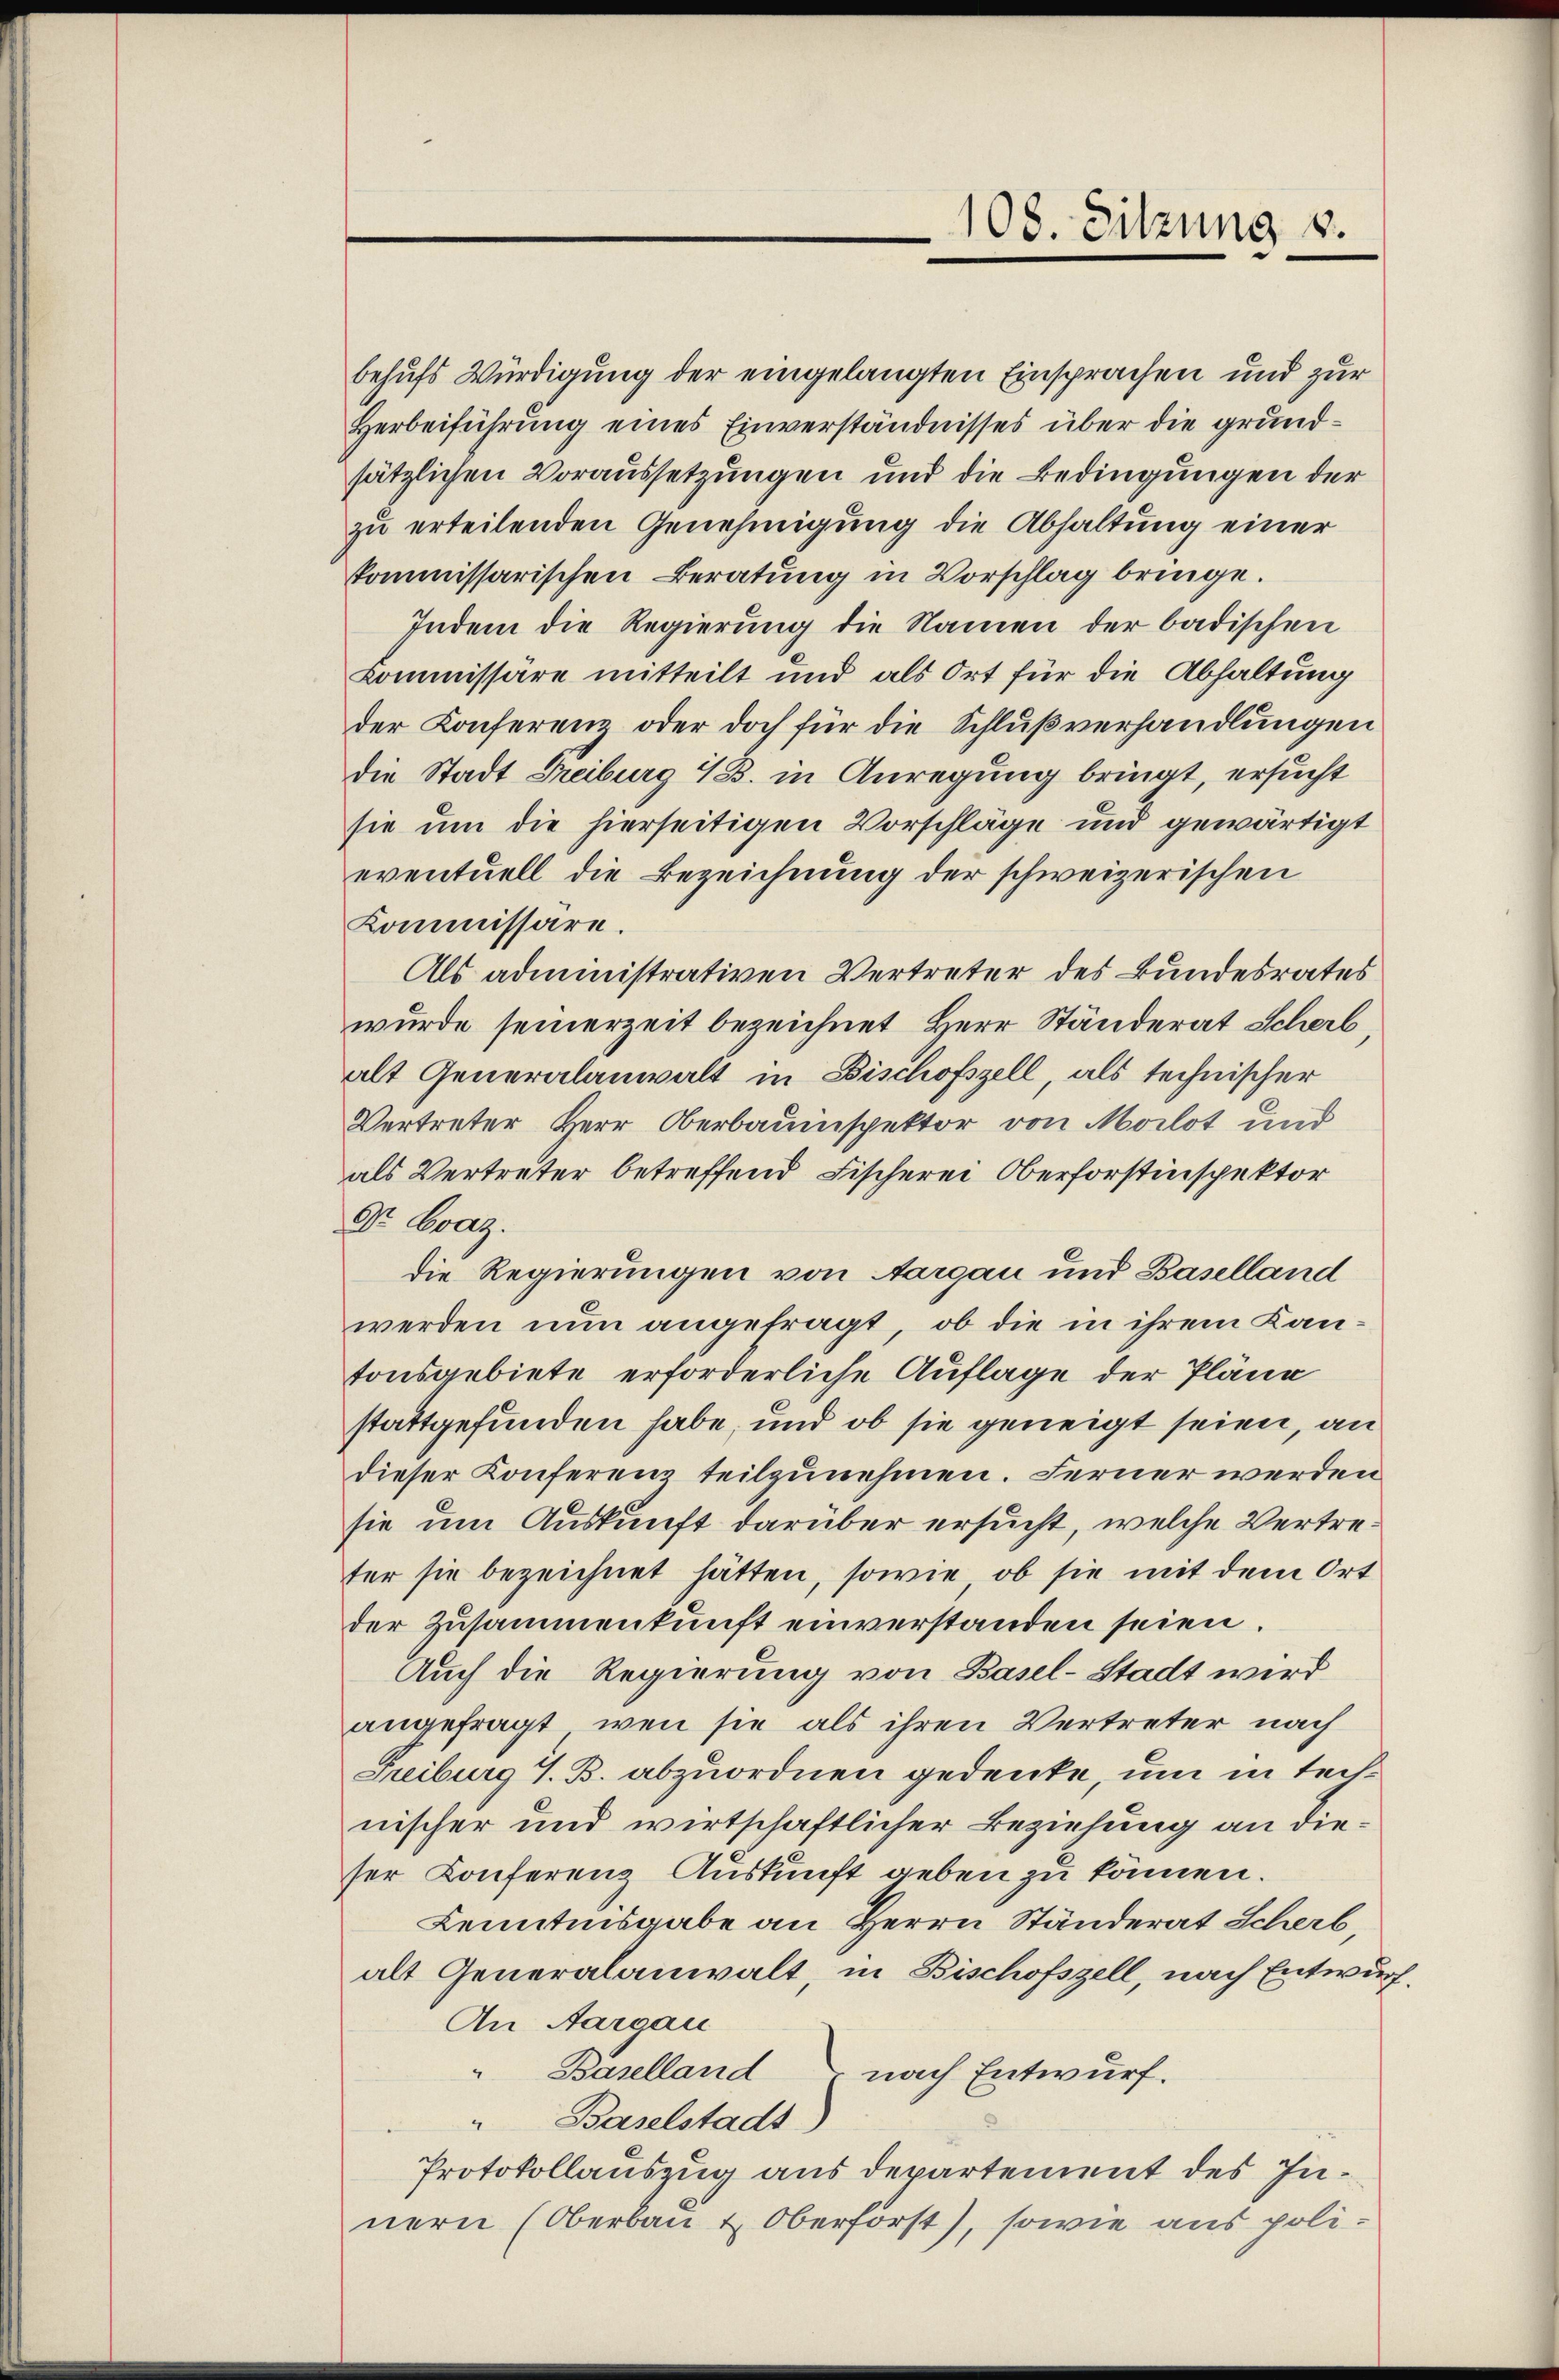
108. Sitzung v.

zu erteilenden Genehmigung die Abhaltung einer
kommissarischen Beratung in Vorschlag bringe.
Indem die Regierung die Namen der badischen
Kommissäre mitteilt und als Ort für die Abhaltung
der Konferenz oder doch für die Schlußverhandlungen
die Stadt Freiburg 4 B. in Anregung bringt, ersucht
sie um die hierseitigen Vorschläge und gewärtigt
eventuell die Bezeichnung der schweizerischen
Kommissäre.
Als administrativen Vertreter des Bundesrates
wurde seinerzeit bezeichnet Herr Ständerat Scherb
alt Generalanwalt in Bischofszell, als technischer
Vertreter Herr Oberbauinspektor von Morlot und
als Vertreter betreffend Fischerei Oberforstinspektor
Dr. Graz.
die Regierungen von Aargau und Baselland
werden nun angefragt, ob die in ihrem Kantonsgebiete erforderliche Auflage der Pläne
stattgefunden habe, und ob sie geneigt seien, an
dieser Konferenz teilzunehmen. Ferner werden
sie um Auskunft darüber ersucht, welche Vertreter sie bezeichnet hätten, sowie ob sie mit dem Ort
der Zusammenkunft einverstanden seien.
Auch die Regierung von Basel-Stadt wird
angefragt, wenn sie als ihren Vertreter nach
Freiburg 7. B. abzuordnen gedenke, um in technischer und wirtschaftlicher Beziehung an dieser Konferenz Auskunft geben zu können.
Kenntnisgabe an Herrn Ständerat Scherb
alt Generalanwalt in Bischofszell, nach Entwurf.
An Aargau
" Baselland nach Entwurf.
Baselstadt)
Protokollauszug aus departement des Innern (Oberbau & Oberförst), sowie aus poli¬

behufs Würdigung der eingelangten Einsprachen und zur
Herbeiführung eines Einverständnisses über die grundsätzlichen Voraussetzungen und die Bedingungen der